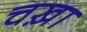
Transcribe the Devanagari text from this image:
चख़ा